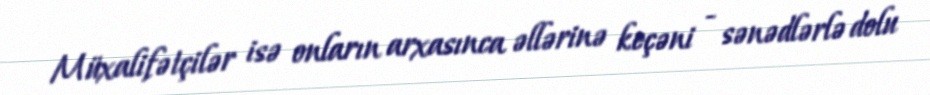
Müxalifətçilər isə onların arxasınca əllərinə keçəni - sənədlərlə dolu